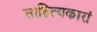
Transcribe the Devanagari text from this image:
साहित्यकारां